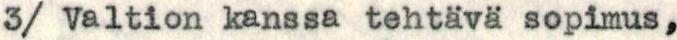
3/ Valtion kanssa tehtävä sopimus,